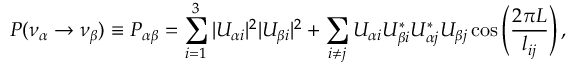
P ( \nu _ { \alpha } \rightarrow \nu _ { \beta } ) \equiv P _ { \alpha \beta } = \sum _ { i = 1 } ^ { 3 } | U _ { \alpha i } | ^ { 2 } | U _ { \beta i } | ^ { 2 } + \sum _ { i \neq j } U _ { \alpha i } U _ { \beta i } ^ { \ast } U _ { \alpha j } ^ { \ast } U _ { \beta j } \cos \left( \frac { 2 \pi L } { l _ { i j } } \right) ,